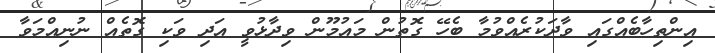
އިންތިހާބެއްގައި ވާދަކުރެއްވުމާ ބެހޭ ގޮތުން މައުމޫން ވިދާޅުވީ އަދި ވަކި ގޮތެއް ނުނިއްމަވާ